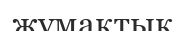
жұмақтық